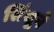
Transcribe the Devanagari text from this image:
सिंधूने